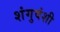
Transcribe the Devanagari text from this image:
शंगुवंशी